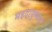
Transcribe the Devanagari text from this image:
महदायुष्मान्